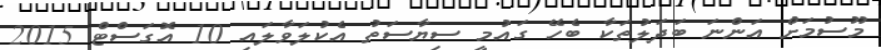
މޫސުމަށް އަންނަ ބަދަލުތަކާ ބެހޭ ގައުމީ ސިޔާސަތު އެކުލަވާލައި 10 އޮގަސްޓް 2015